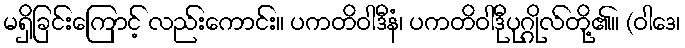
မရှိခြင်းကြောင့် လည်းကောင်း။ ပကတိဝါဒီနံ၊ ပကတိဝါဒီုပုဂ္ဂိုလ်တို့၏။ (ဝါဒေ၊